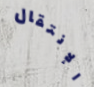
الإنتقال